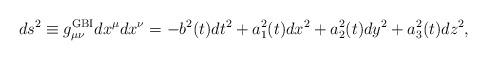
LaTeX: \begin{align*}ds^2 \equiv g^{\rm GBI}_{\mu\nu} dx^\mu dx^\nu = -b^2 (t) dt^2 + {a_1^2}(t) dx^2+a_2^2(t) dy^2 + a_3^2 (t) dz^2, \end{align*}